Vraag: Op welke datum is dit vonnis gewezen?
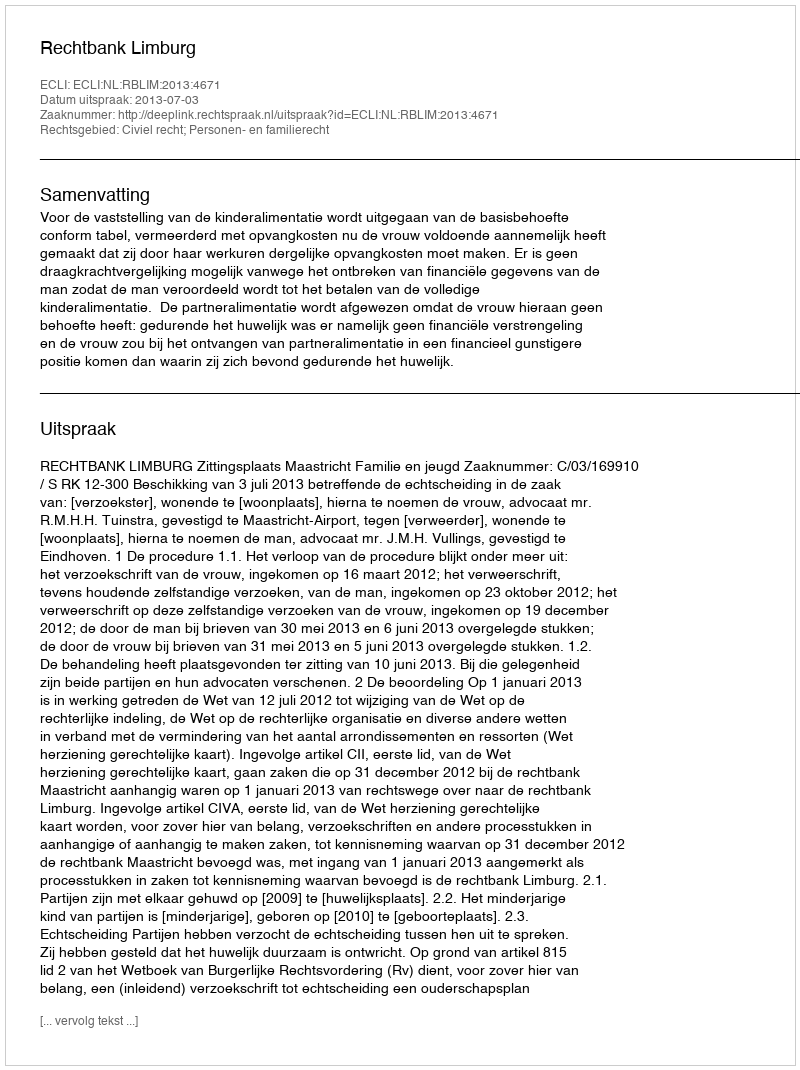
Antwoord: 2013-07-03